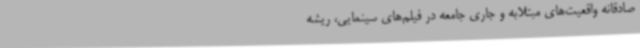
صادقانه واقعیت‌های مبتلابه و جاری جامعه در فیلم‌های سینمایی، ریشه